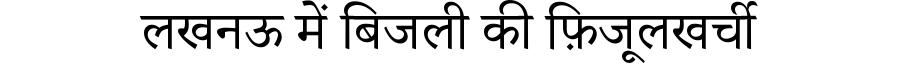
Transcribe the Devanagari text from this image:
लखनऊ में बिजली की फ़िजूलखर्ची